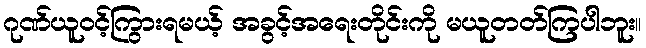
ဂုဏ်ယူဝင့်ကြွားရမယ့် အခွင့်အရေးတိုင်းကို မယူတတ်ကြပါဘူး။